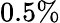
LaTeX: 0.5\%